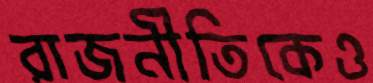
রাজনীতিকেও